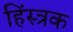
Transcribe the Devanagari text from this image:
हिंस्त्रक